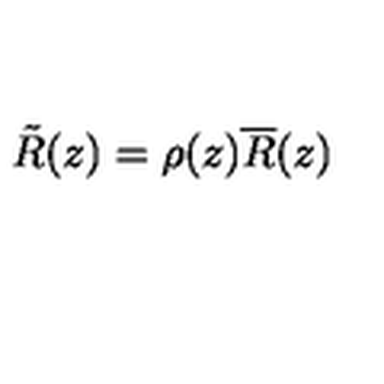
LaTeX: \tilde { R } ( z ) = \rho ( z ) \overline { R } ( z )